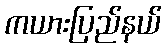
ကယားပြည်နယ်